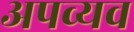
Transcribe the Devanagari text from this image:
अपव्यव